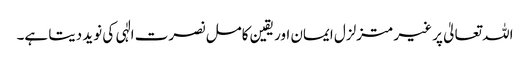
اللہ تعالیٰ پر غیر متزلزل ایمان اور یقین کامل نصرت الٰہی کی نوید دیتا ہے۔